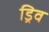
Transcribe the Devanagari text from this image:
ड्रिव